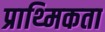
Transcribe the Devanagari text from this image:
प्राथ्मिकता